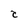
Character: C